Lunatic asylums Central Provinces reports 1886-1894 - 1886-1894
Year: 1886
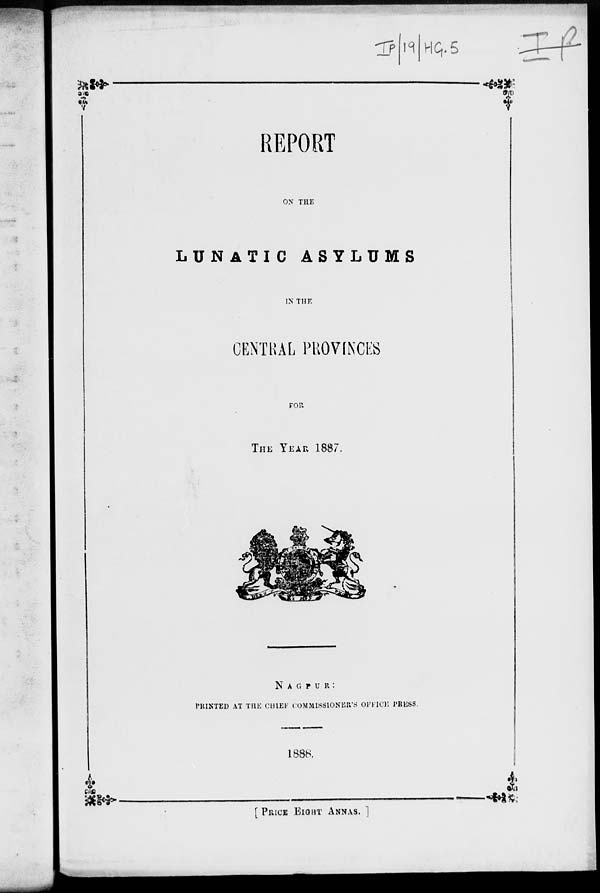
REPORT
ON THE
LUNATIC
ASYLUMS
IN THE
CENTRAL PROVINCES
FOR
THE YEAR 1887.
NAGPUR:
PRINTED AT THE CHIEF COMMISSIONER'S OFFICE PRESS.
1888.
[ PRICE EIGHT ANNAS. ]